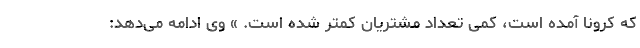
که کرونا آمده است، کمی تعداد مشتریان کمتر شده است. » وی ادامه می‌دهد: